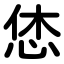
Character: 恷